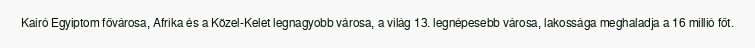
Kairó Egyiptom fővárosa, Afrika és a Közel-Kelet legnagyobb városa, a világ 13. legnépesebb városa, lakossága meghaladja a 16 millió főt.